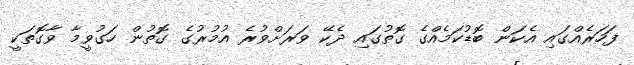
ފަހަރެއްގައި އެކަން ބޮޑުކަމެއްގެ ގޮތުގައި ދެކޭ ވަރަށްވުރެ އުމުރުގެ ގޮތުން ހަގުވީމާ ވާގޮތަކީ